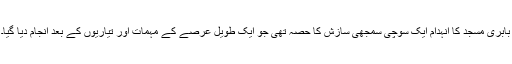
بابری مسجد کا انہدام ایک سوچی سمجھی سازش کا حصہ تھی جو ایک طویل عرصے کے مہمات اور تیاریوں کے بعد انجام دیا گیا۔